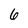
Character: 6